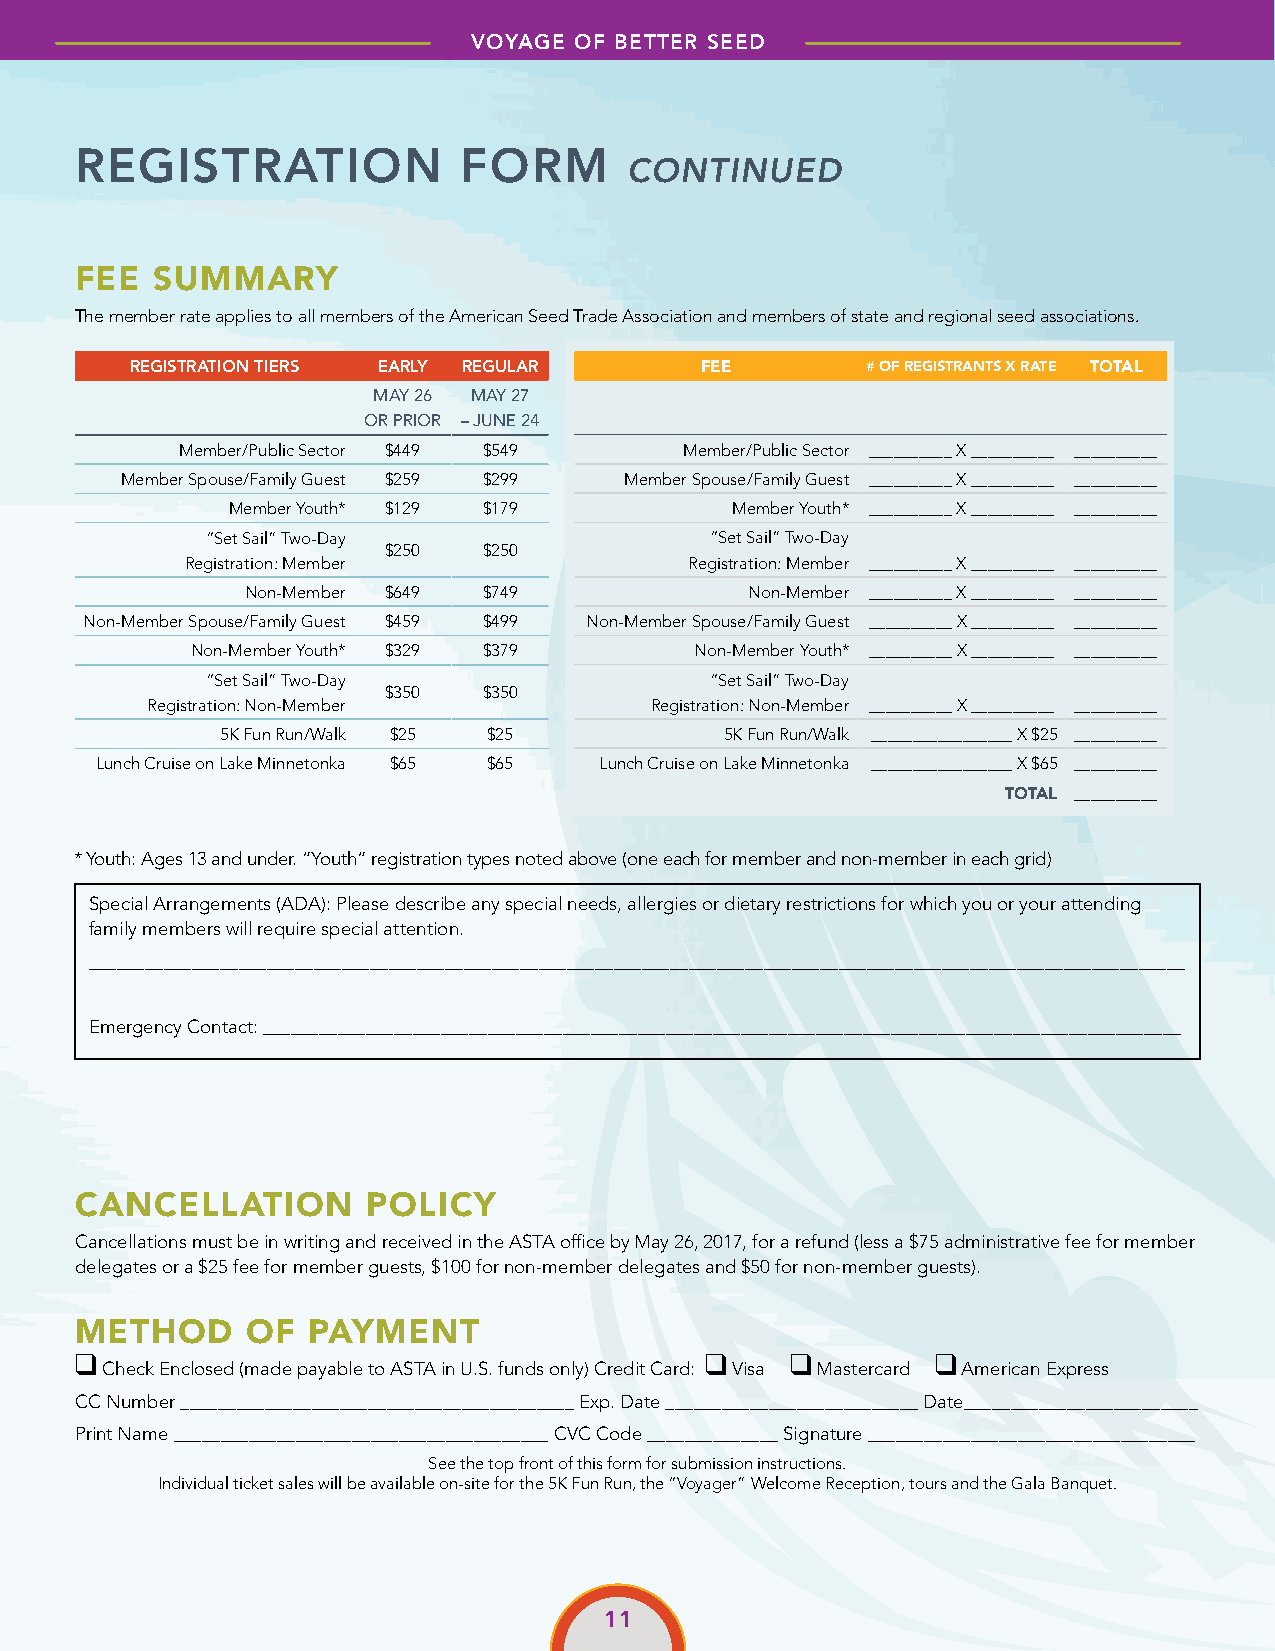
VOYAGE OF BETTER SEED
 REGISTRATION             FORM
 CONTINUED
 FEE  SUMMARY
 The member rate applies to all members of the American Seed Trade Association and members of state and regional seed associations.
 REGISTRATION TIERS EARLY REGULAR     FEE        # OF REGISTRANTS X RATE TOTAL
 MAY 26 MAY 27
 OR PRIOR – JUNE 24
 Member/Public Sector $449 $549   Member/Public Sector __________ X __________ __________
 Member Spouse/Family Guest $259 $299 Member Spouse/Family Guest __________ X __________ __________
 Member Youth* $129 $179          Member Youth* __________ X __________ __________
 “Set Sail” Two-Day               “Set Sail” Two-Day
 $250  $250
 Registration: Member              Registration: Member __________ X __________ __________
 Non-Member $649 $749              Non-Member __________ X __________ __________
 Non-Member Spouse/Family Guest $459 $499 Non-Member Spouse/Family Guest __________ X __________ __________
 Non-Member Youth* $329 $379      Non-Member Youth* __________ X __________ __________
 “Set Sail” Two-Day               “Set Sail” Two-Day
 $350  $350
 Registration: Non-Member         Registration: Non-Member __________ X __________ __________
 5K Fun Run/Walk $25 $25          5K Fun Run/Walk _________________ X $25 __________
 Lunch Cruise on Lake Minnetonka $65 $65 Lunch Cruise on Lake Minnetonka _________________ X $65 __________
 TOTAL __________
 * Youth: Ages 13 and under. “Youth” registration types noted above (one each for member and non-member in each grid)
 Special Arrangements (ADA): Please describe any special needs, allergies or dietary restrictions for which you or your attending
 family members will require special attention.
 _____________________________________________________________________________________________________________________
 Emergency Contact: __________________________________________________________________________________________________
 CANCELLATION       POLICY
 Cancellations must be in writing and received in the ASTA office by May 26, 2017, for a refund (less a $75 administrative fee for member
 delegates or a $25 fee for member guests, $100 for non-member delegates and $50 for non-member guests).
 METHOD     OF  PAYMENT
 ❑                                         ❑    ❑         ❑
 Check Enclosed (made payable to ASTA in U.S. funds only) Credit Card: Visa Mastercard American Express
 CC Number __________________________________________ Exp. Date ___________________________ Date_________________________
 Print Name ________________________________________ CVC Code ______________ Signature ___________________________________
 See the top front of this form for submission instructions.
 Individual ticket sales will be available on-site for the 5K Fun Run, the “Voyager” Welcome Reception, tours and the Gala Banquet.
 11